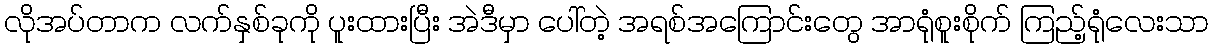
လိုအပ်တာက လက်နှစ်ခုကို ပူးထားပြီး အဲဒီမှာ ပေါ်တဲ့ အရစ်အကြောင်းတွေ အာရုံစူးစိုက် ကြည့်ရုံလေးသာ